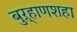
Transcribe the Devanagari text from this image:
बुऱ्हाणशहा